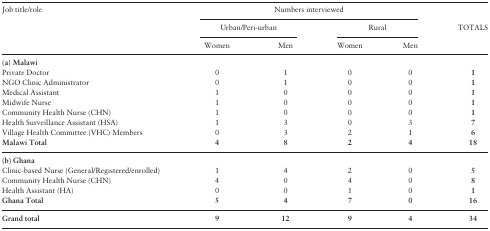
| <ROWSPAN=2> Job title/role | <COLSPAN=4> Numbers interviewed |  |
 | <COLSPAN=2> Urban/Peri-urban | <COLSPAN=2> Rural | TOTALS |
 |  | Women | Men | Women | Men |  |
 | --- | --- | --- | --- | --- | --- |
 | <COLSPAN=6> (a) Malawi |
 | Private Doctor | 0 | 1 | 0 | 0 | 1 |
 | NGO Clinic Administrator | 0 | 1 | 0 | 0 | 1 |
 | Medical Assistant | 1 | 0 | 0 | 0 | 1 |
 | Midwife Nurse | 1 | 0 | 0 | 0 | 1 |
 | Community Health Nurse (CHN) | 1 | 0 | 0 | 0 | 1 |
 | Health Surveillance Assistant (HSA) | 1 | 3 | 0 | 3 | 7 |
 | Village Health Committee (VHC) Members | 0 | 3 | 2 | 1 | 6 |
 | Malawi Total | 4 | 8 | 2 | 4 | 18 |
 | <COLSPAN=6> (b) Ghana |
 | Clinic-based Nurse (General/Registered/enrolled) | 1 | 4 | 2 | 0 | 5 |
 | Community Health Nurse (CHN) | 4 | 0 | 4 | 0 | 8 |
 | Health Assistant (HA) | 0 | 0 | 1 | 0 | 1 |
 | Ghana Total | 5 | 4 | 7 | 0 | 16 |
 | Grand total | 9 | 12 | 9 | 4 | 34 |